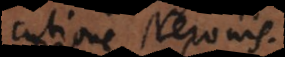
persecutione Neronis.